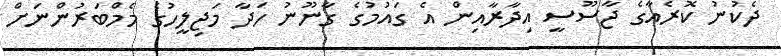
ދެކުނު ކޮރެއާގެ ޖާސޫސީ އިދާރާއިން އެ ގައުމުގެ ގާނޫނު ހަދާ މަޖިލީހުގެ މެމްބަރުންނަށް